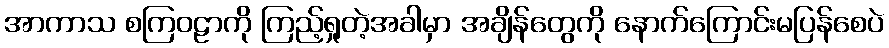
အာကာသ စကြဝဠာကို ကြည့်ရှုတဲ့အခါမှာ အချိန်တွေကို နောက်ကြောင်းမပြန်စေပဲ